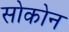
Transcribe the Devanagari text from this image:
सोकोन